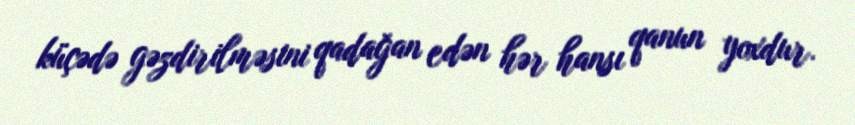
küçədə gəzdirilməsini qadağan edən hər hansı qanun yoxdur.